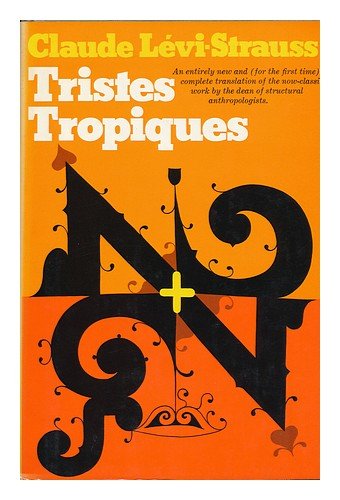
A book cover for Tristes Tropiques; Claude Levi-Strauss; Travel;